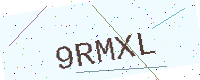
Text: 9RMXL